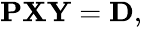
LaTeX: \begin{array}{r}{\mathbf{PXY}=\mathbf{D},}\end{array}